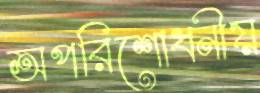
অপরিশোধনীয়